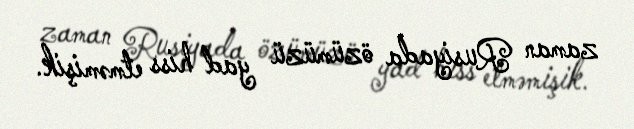
zaman Rusiyada özümüzü yad hiss etməmişik.